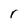
Character: r